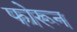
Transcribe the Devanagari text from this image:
फोरून